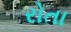
રોતા